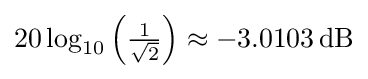
20\log _{10}\left({\tfrac {1}{\sqrt {2}}}\right)\approx -3.0103\,\mathrm {dB}